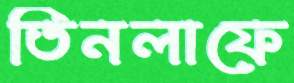
তিনলাফে